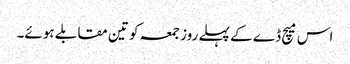
اس میچ ڈے کے پہلے روز جمعہ کو تین مقابلے ہوئے۔